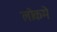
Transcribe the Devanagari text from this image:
लोकमे